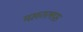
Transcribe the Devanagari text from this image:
मख़तलफ़